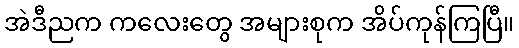
အဲဒီညက ကလေးတွေ အများစုက အိပ်ကုန်ကြပြီ။